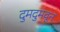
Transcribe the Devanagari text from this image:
दुमदुमवून